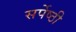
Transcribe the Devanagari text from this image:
सर्पेष्ठी